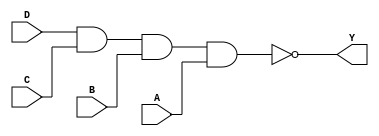
/*
 * Copyright 2020 The SkyWater PDK Authors
 *
 * Licensed under the Apache License, Version 2.0 (the "License");
 * you may not use this file except in compliance with the License.
 * You may obtain a copy of the License at
 *
 *     https://www.apache.org/licenses/LICENSE-2.0
 *
 * Unless required by applicable law or agreed to in writing, software
 * distributed under the License is distributed on an "AS IS" BASIS,
 * WITHOUT WARRANTIES OR CONDITIONS OF ANY KIND, either express or implied.
 * See the License for the specific language governing permissions and
 * limitations under the License.
 *
 * SPDX-License-Identifier: Apache-2.0
*/


`ifndef SKY130_FD_SC_MS__NAND4_FUNCTIONAL_V
`define SKY130_FD_SC_MS__NAND4_FUNCTIONAL_V

/**
 * nand4: 4-input NAND.
 *
 * Verilog simulation functional model.
 */

`timescale 1ns / 1ps
`default_nettype none

`celldefine
module sky130_fd_sc_ms__nand4 (
    Y,
    A,
    B,
    C,
    D
);

    // Module ports
    output Y;
    input  A;
    input  B;
    input  C;
    input  D;

    // Local signals
    wire nand0_out_Y;

    //   Name   Output       Other arguments
    nand nand0 (nand0_out_Y, D, C, B, A     );
    buf  buf0  (Y          , nand0_out_Y    );

endmodule
`endcelldefine

`default_nettype wire
`endif  // SKY130_FD_SC_MS__NAND4_FUNCTIONAL_V